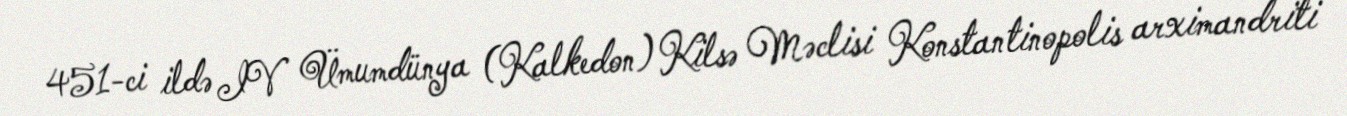
451-ci ildə IV Ümumdünya (Kalkedon) Kilsə Məclisi Konstantinopolis arximandriti